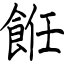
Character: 餁